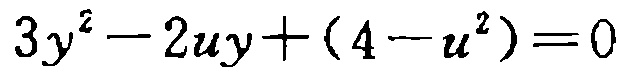
\(3y^{2}-2uy+(4 - u^{2})=0\)